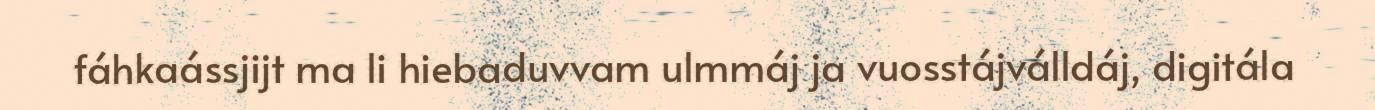
fáhkaássjijt ma li hiebaduvvam ulmmáj ja vuosstájválldáj, digitála